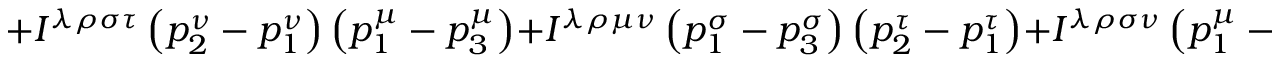
+ I ^ { \lambda \rho \sigma \tau } \left( p _ { 2 } ^ { \nu } - p _ { 1 } ^ { \nu } \right) \left( p _ { 1 } ^ { \mu } - p _ { 3 } ^ { \mu } \right) + I ^ { \lambda \rho \mu \nu } \left( p _ { 1 } ^ { \sigma } - p _ { 3 } ^ { \sigma } \right) \left( p _ { 2 } ^ { \tau } - p _ { 1 } ^ { \tau } \right) + I ^ { \lambda \rho \sigma \nu } \left( p _ { 1 } ^ { \mu } - p _ { 3 } ^ { \mu } \right) \left( p _ { 2 } ^ { \tau } - p _ { 1 } ^ { \tau } \right)